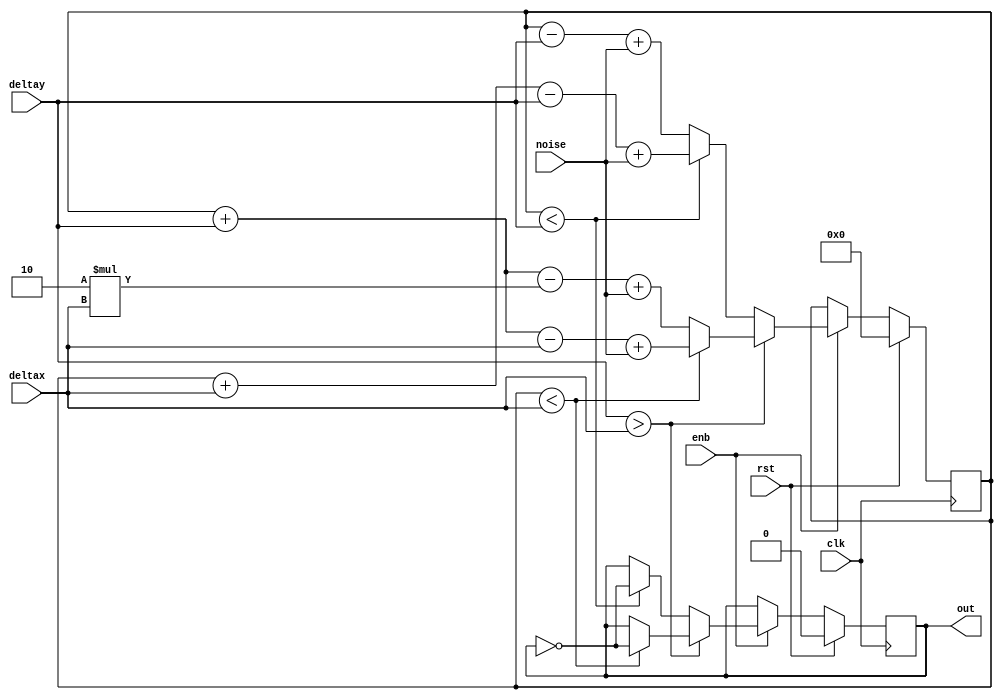
//The confidential and proprietary information contained in this file may only be used by a person authorised under and to the extent permitted by a subsisting licensing agreement from ARM Limited or its affiliates.
//
//  (C) Copyright 2001-2017 ARM Limited or its affiliates. All rights reserved.
//
//The entire notice above must be reproduced on all copies of this file and copies of this file may only be made by a person if such person is permitted to do so under the terms of a subsisting license agreementfrom ARM Limited or its affiliates.
module line (
  clk       ,   
  rst       ,   
  enb       ,   
  deltax    ,   
  deltay    ,   
  noise     ,   
  out           
  );
    input clk;
    input rst;
    input enb; 
    input [31 : 0] deltax;
    input [31 : 0] deltay;
    input [3 : 0] noise;
    output out;
    reg out;
    integer error;
    wire steep = (deltay > deltax);
    always @(posedge clk)
  if (rst) begin
      error <= 0;
      out <= 1'b0;
  end else if (enb) begin
      if (steep) begin
    if (error < deltax) begin
        error <= error + deltay - deltax + noise;
        out <= !out;
    end else begin
        error <= error + deltay - 2*deltax + noise;
    end
      end else begin
    if (error < deltay) begin
        error <= error + deltax - deltay + noise;
        out <= !out;
    end else begin
        error <= error - deltay + noise;
    end
      end
  end
endmodule